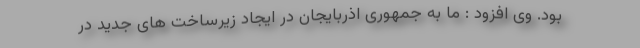
بود. وی افزود : ما به جمهوری اذربایجان در ایجاد زیرساخت های جدید در